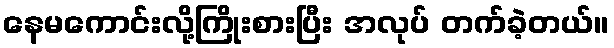
နေမကောင်းလို့ကြိုးစားပြီး အလုပ် တက်ခဲ့တယ်။